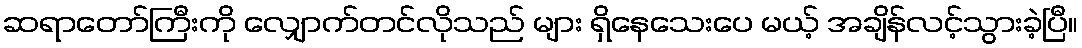
ဆရာတော်ကြီးကို လျှောက်တင်လိုသည် များ ရှိနေသေးပေ မယ့် အချိန်လင့်သွားခဲ့ပြီ။